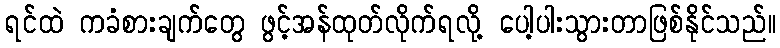
ရင်ထဲ ကခံစားချက်တွေ ဖွင့်အန်ထုတ်လိုက်ရလို့ ပေါ့ပါးသွားတာဖြစ်နိုင်သည်။